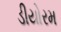
ડીયોરમ